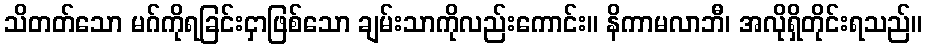
သိတတ်သော မဂ်ကိုရခြင်းငှာဖြစ်သော ချမ်းသာကိုလည်းကောင်း။ နိကာမလာဘီ၊ အလိုရှိတိုင်းရသည်။